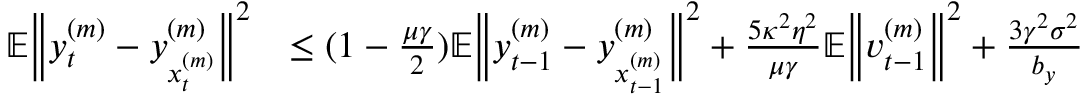
\begin{array} { r l } { \mathbb { E } \bigg \| y _ { t } ^ { ( m ) } - y _ { x _ { t } ^ { ( m ) } } ^ { ( m ) } \bigg \| ^ { 2 } } & { \leq ( 1 - \frac { \mu \gamma } { 2 } ) \mathbb { E } \bigg \| y _ { t - 1 } ^ { ( m ) } - y _ { x _ { t - 1 } ^ { ( m ) } } ^ { ( m ) } \bigg \| ^ { 2 } + \frac { 5 \kappa ^ { 2 } \eta ^ { 2 } } { \mu \gamma } \mathbb { E } \bigg \| v _ { t - 1 } ^ { ( m ) } \bigg \| ^ { 2 } + \frac { 3 \gamma ^ { 2 } \sigma ^ { 2 } } { b _ { y } } } \end{array}